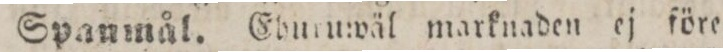
Spanmål. Eburuwäl marknaden ej före=